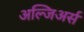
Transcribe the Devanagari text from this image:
अल्जिअर्स